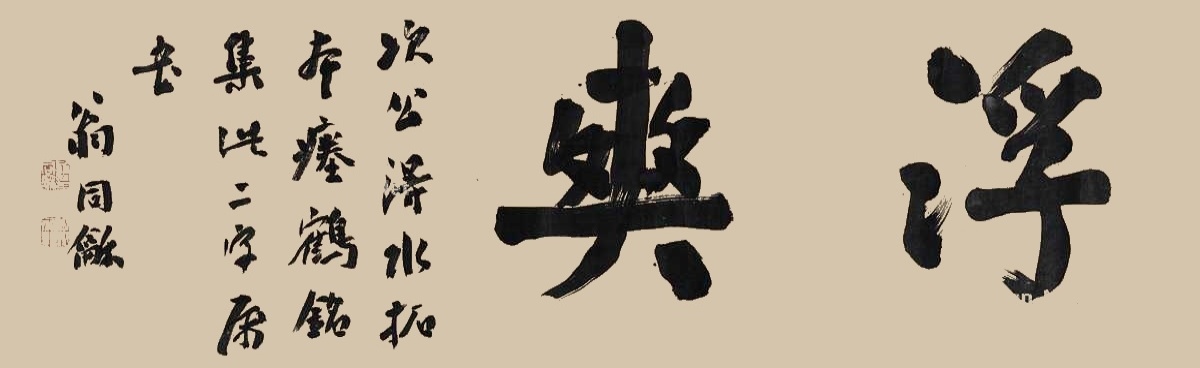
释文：浮爽。次公得水拓本瘗鹤铭，集此二字属书，翁同龢。